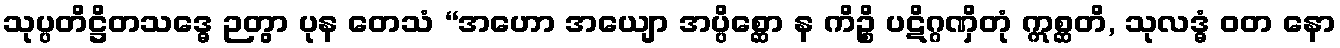
သုပ္ပတိဋ္ဌိတသဒ္ဓေ ဉတွာ ပုန တေသံ “အဟော အယျော အပ္ပိစ္ဆော န ကိဉ္စိ ပဋိဂ္ဂဏှိတုံ ဣစ္ဆတိ, သုလဒ္ဓံ ဝတ နော